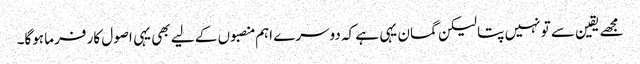
مجھے یقین سے تو نہیں پتا لیکن گمان یہی ہے کہ دوسرے اہم منصبوں کے لیے بھی یہی اصول کار فرما ہوگا۔